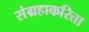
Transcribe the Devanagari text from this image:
संग्रहाकरिता